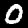
Label: 0